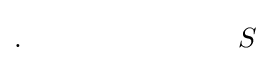
.\qquad \qquad \qquad \quad \;\;\;S